Vaccination in Bombay 1889-1901 - 1889-1901
Year: 1889
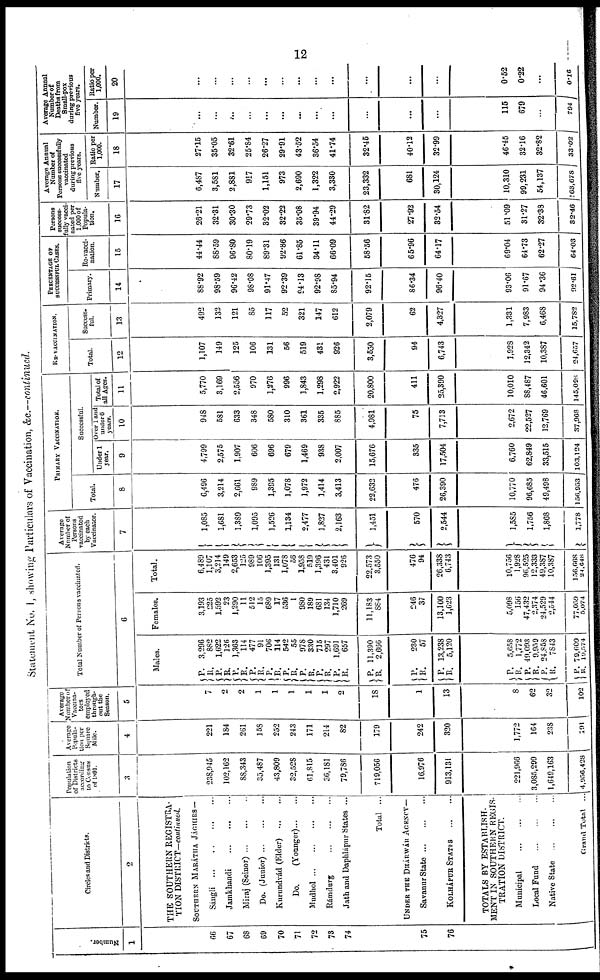
12
Statement No. I, showing Particulars of Vaccination, &c.—continued.
Number.
1
66
67
68
69
70
71
72
73
74
75
76
Circles and Districts.
2
THE SOUTHERN REGISTRA-
TION DISTRICT—continued.
SOUTHERN MARÁTHA JÁGHIRS—
Sángli
...
...
...
...
Jamkhandi
...
...
...
Miraj (Seinor)
...
...
...
Do. (Junior)
...
...
...
Kurundvád (Elder)
...
...
Do.
(Younger) ... ...
Mudhol
...
...
...
...
Rámdurg
...
...
...
...
Jath and Daphlápur States ...
Total ...
UNDER THE DHÁRWÁR AGENCY—
Savanur State
...
...
...
KOLHÁPUR STATES
...
...
TOTALS BY ESTABLISH-
MENT IN SOUTHERN REGIS-
TRATION DISTRICT.
Municipal
...
...
...
Local Fund
...
...
...
Native State ... ... ...
Grand Total ...
Population
of Districts
according
to Census
of 1891.
3
238,945
102,162
88,343
35,487
43,809
32,528
61,815
36,181
79,786
719,056
16,976
913,131
221,966
3,085,299
1,649,163
4,956,428
Average
Popula-
tion per
Square
Mile.
4
221
184
261
158
252
243
171
214
82
179
242
320
1,772
164
238
191
Average
Number of
Vaccina¬
tors
employed
through-
out the
Season.
5
7
2
2
1
1
1
1
1
2
18
1
13
8
62
32
102
Total Number of Persons vaccinated.
6
Males.
P.
R.
P.
R.
P.
R.
P.
R.
P.
R.
P.
R.
P.
R.
P. R.
P.
R.
P.
R.
P.
R.
P.
R.
P.
R.
P.
R.
P.
R.
P.
R.
3,296
882
1,622
126
1,363
114
477
91
706
114
542
55
978
330
715
297
1,691
657
11,390
2,666
230
57
13,238
5,120
5,658
1,772
49,093
9,959
24,858
7843
79,609
19,574
Females.
3,193
225
1,592
23
1,290
11
512
15
689
17
536
1
980
189
681
134
1,710
269
11,183
884
246
37
13,100
1,623
5,098
156
47,432
2,374
24,529
2,544
77,059
5,074
Total.
6,489
1,107
3,214
149
2,653
125
989
106
1,395
131
1,078
56
1,958
519
1,396
431
3,401
926
22,573
3,550
476
94
26,338
6,743
10,756
1,928
96,525
12,333
49,387
10,387
156,668
24,648
Average
Number of
Persons
vaccinated
by each
Vaccinator.
7
1,085
1,681
1,389
1,095
1,526
1,134
2,477
1,827
2,163
1,451
570
2,544
1,585
1,756
1,868
1,778
PRIMARY VACCINATION.
Total.
8
6,496
3,214
2,661
989
1,395
1,078
1,972
1,414
3,413
22,632
476
26,390
10,770
96,085
49,498
156,953
Successful.
Under 1
year.
9
4,799
2,575
1,907
606
696
679
1,469
938
2,007
15,676
335
17,504
6,760
62,849
33,515
103,124
Over 1 and
under 6
years.
10
948
581
633
348
580
310
361
335
885
4,981
75
7,713
2,672
22,527
12,769
37,068
Total of
all Ages.
11
5,770
3,169
2,556
970
1,276
996
1,843
1,298
2,922
20,800
411
25,390
10,010
88,487
46,601
145,098
RE-VACCINATION.
Total.
12
1,107
149
125
106
131
56
519
431
926
3,550
94
6,743
1,928
12,342
10,387
24,657
Success¬
ful.
13
492
132
121
85
117
52
321
147
612
2,079
62
4,327
1,331
7,983
6,468
15,782
PERCENTAGE OF
SUCCESSFUL CASES.
Primary.
14
88.92
98.59
96.42
98.08
91.47
92.39
94.13
92.98
85.94
92.15
86.34
96.40
93.06
91.67
94.36
92.61
Re-vacci-
nation.
15
44.44
88.59
96.80
80.19
89.31
92.86
61.85
34.11
66.09
58.56
65.96
64.17
69.04
64.73
62.27
64.03
Persons
success¬
fully vacci¬
nated per
1,000 of
Popula-
tion.
16
26.21
32.31
30.30
29.73
32.02
32.22
35.08
39.94
44.29
31.82
27.92
32.54
51.09
31.27
32.38
32.46
Average Annual
Number of
Persons successfully
vaccinated
during previous
five years.
Number.
17
6,487
3,581
2,881
917
1,151
973
2,690
1,322
3,330
23,332
681
30,124
10,310
99,231
54,137
163,678
Ratio per
1,000.
18
27.15
35.05
32.61
25.84
26.27
29.91
43.52
36.54
41.74
32.45
40.12
32.99
46.45
32.16
32.82
33.02
Average Annual
Number of
Deaths from
Small-pox
during previous
five years.
Number.
19
...
...
...
...
...
...
...
...
...
...
...
...
115
679
...
794
Ratio per
1,000.
20
...
...
...
...
...
...
...
...
...
...
...
...
0.52
0.22
...
0.16